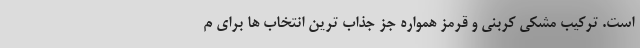
است. ترکیب مشکی کربنی و قرمز همواره جز جذاب ترین انتخاب ها برای م